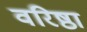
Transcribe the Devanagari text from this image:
वरिष्ठा